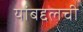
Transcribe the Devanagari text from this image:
यांबद्दलची